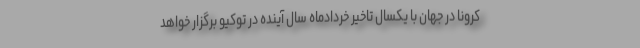
کرونا در جهان با یکسال تاخیر خردادماه سال آینده در توکیو برگزار خواهد